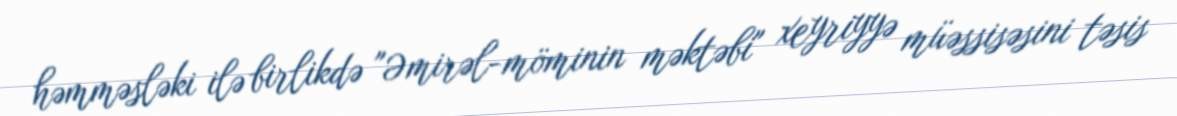
həmməsləki ilə birlikdə "Əmirəl-möminin məktəbi" xeyriyyə müəssisəsini təsis